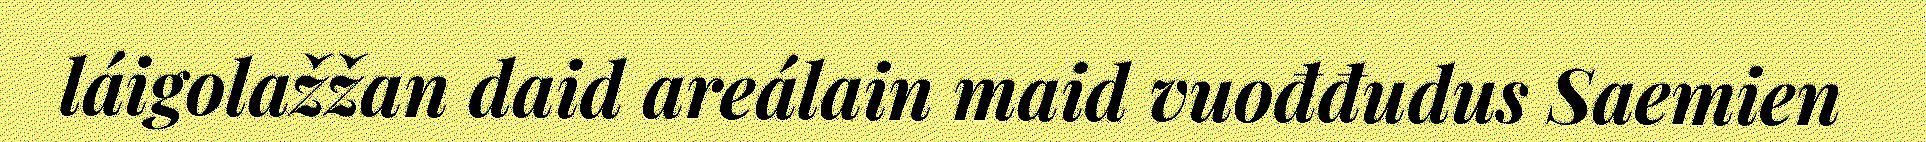
láigolažžan daid areálain maid vuođđudus Saemien